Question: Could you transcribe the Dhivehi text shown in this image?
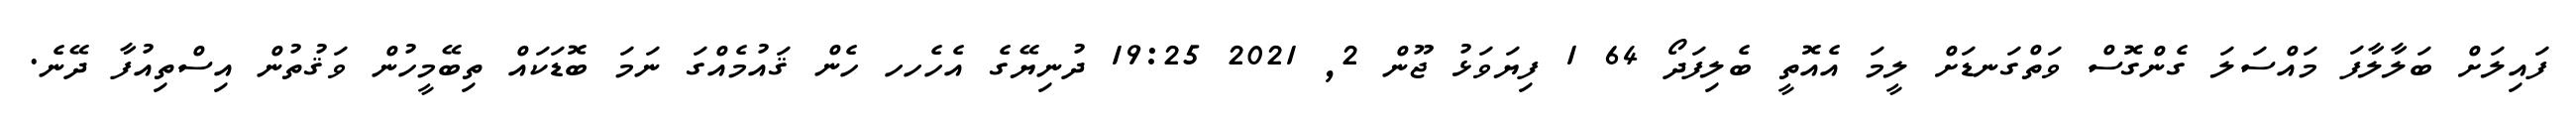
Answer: ފައިލަށް ބަލާލާފަ މައްސަލަ ގެންގޮސް ވަތްގަނޑަށް ލީމަ އެއޮތީ ބެލިފަދޯ 64 1 ފިޔަވަޅު ޖޫން 2, 2021 19:25 ދުނިޔޭގެ އެހެހހ ހެން ޤައުމެއްގަ ނަމަ ބޮޑަކައް ތިބޭމީހުން ވަޤުތުން އިސްތިއުފާ ދޭނެ.